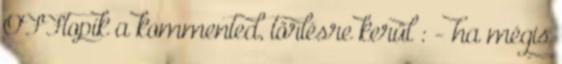
OFFtopik a kommented, törlésre kerül : - ha mégis